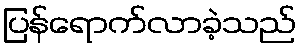
ပြန်ရောက်လာခဲ့သည်